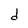
Character: d